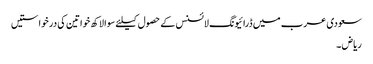
سعودی عرب میں ڈرائیونگ لائسنس کے حصول کیلئے سوا لاکھ خواتین کی درخواستیں
ریاض ۔